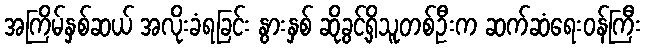
အကြိမ်နှစ်ဆယ် အလိုးခံရခြင်း နွားနှစ် ဆိုခွင့်ရှိသူတစ်ဦးက ဆက်ဆံရေးဝန်ကြီး